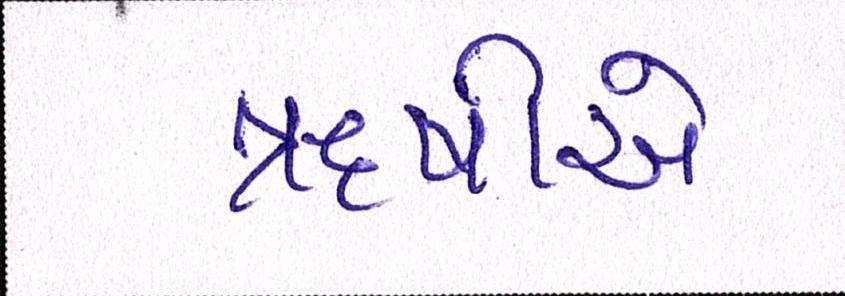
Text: ઋષીએ